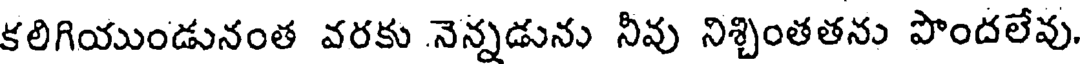
కలిగియుండునంత వరకు నెన్నడును నీవు నిశ్చింతతను పొందలేవు